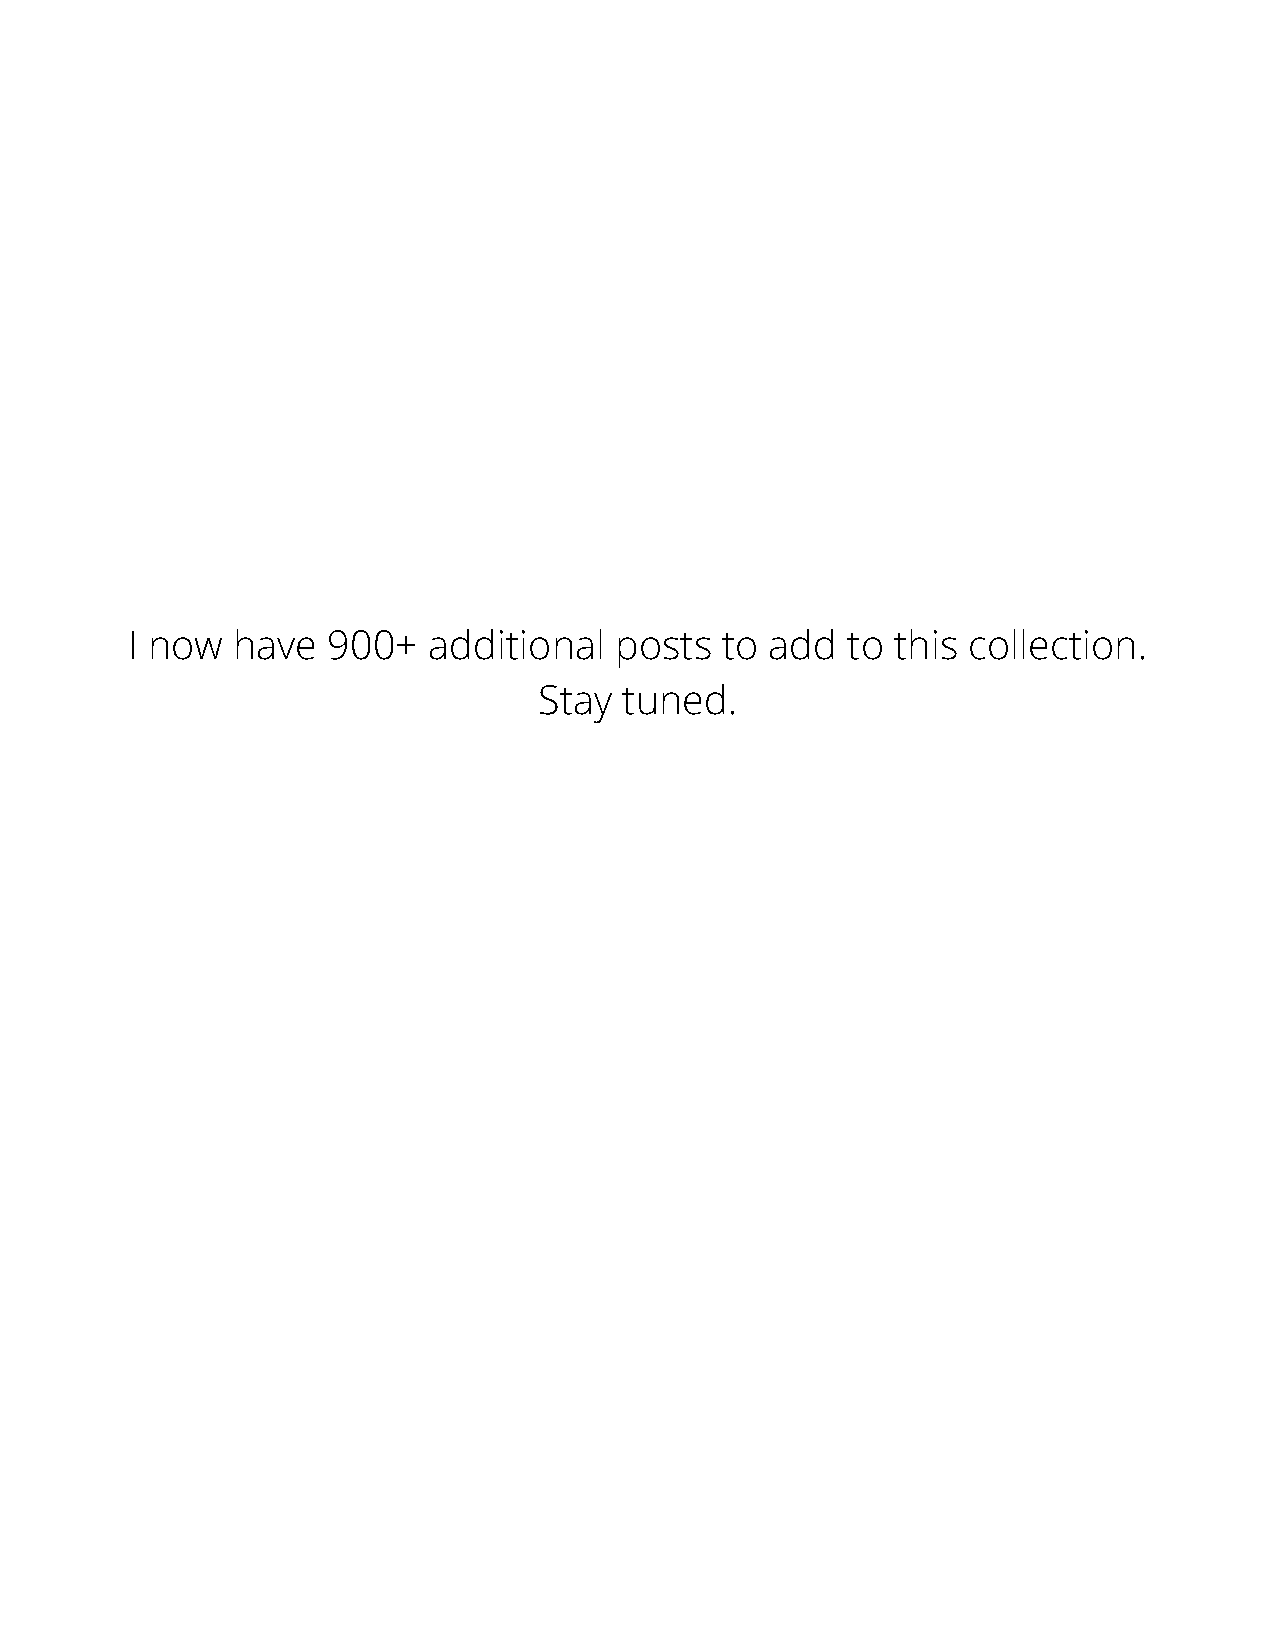
I now  have   900+  additional   posts  to add  to this collection.
 Stay tuned.